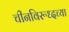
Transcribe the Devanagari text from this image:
चीनविरूध्दच्या